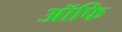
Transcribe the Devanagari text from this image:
ऑफि